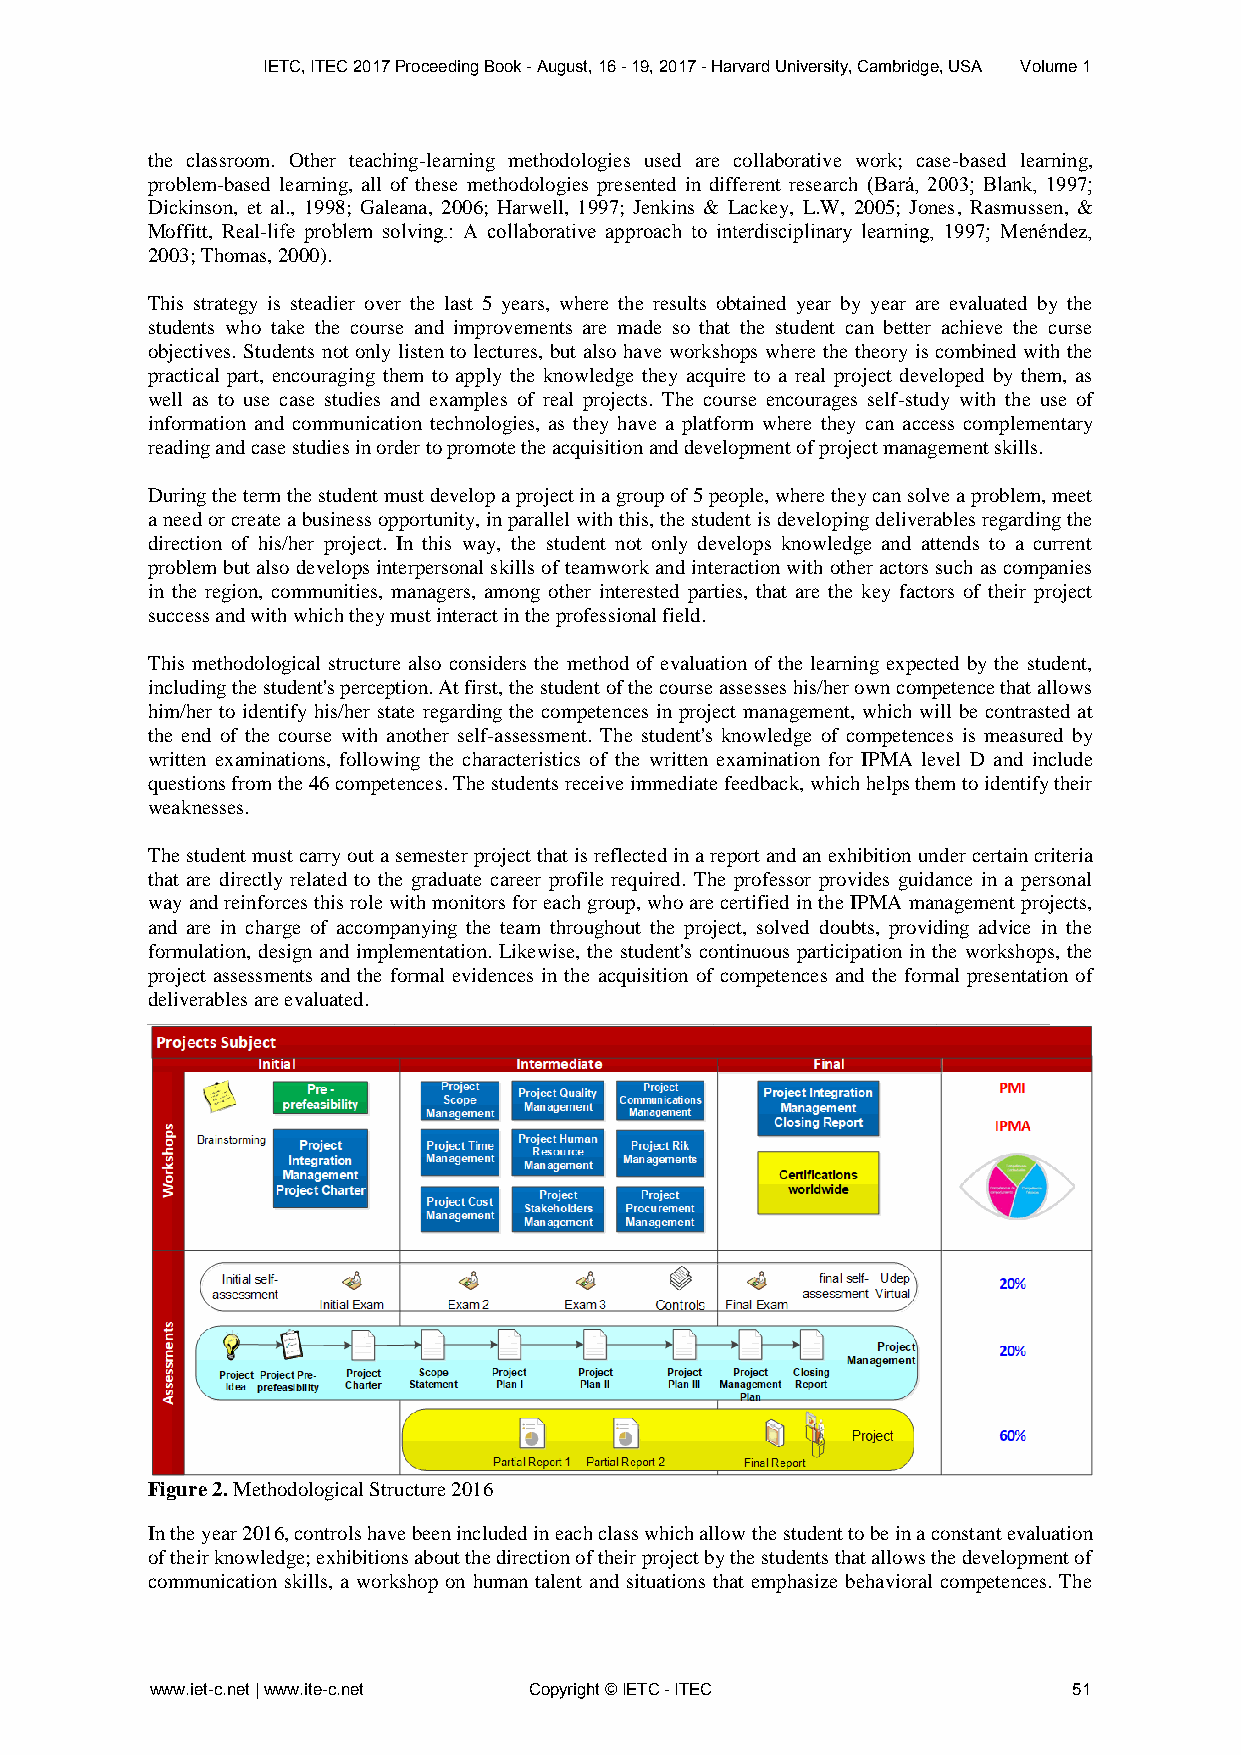
IETC, ITEC 2017 Proceeding Book - August, 16 - 19, 2017 - Harvard University, Cambridge, USA Volume 1
 the classroom. Other teaching-learning methodologies used are collaborative work; case-based learning,
 problem-based learning, all of these methodologies presented in different research (Bará, 2003; Blank, 1997;
 Dickinson, et al., 1998; Galeana, 2006; Harwell, 1997; Jenkins & Lackey, L.W, 2005; Jones, Rasmussen, &
 Moffitt, Real-life problem solving.: A collaborative approach to interdisciplinary learning, 1997; Menéndez,
 2003; Thomas, 2000).
 This strategy is steadier over the last 5 years, where the results obtained year by year are evaluated by the
 students who take the course and improvements are made so that the student can better achieve the curse
 objectives. Students not only listen to lectures, but also have workshops where the theory is combined with the
 practical part, encouraging them to apply the knowledge they acquire to a real project developed by them, as
 well as to use case studies and examples of real projects. The course encourages self-study with the use of
 information and communication technologies, as they have a platform where they can access complementary
 reading and case studies in order to promote the acquisition and development of project management skills.
 During the term the student must develop a project in a group of 5 people, where they can solve a problem, meet
 a need or create a business opportunity, in parallel with this, the student is developing deliverables regarding the
 direction of his/her project. In this way, the student not only develops knowledge and attends to a current
 problem but also develops interpersonal skills of teamwork and interaction with other actors such as companies
 in the region, communities, managers, among other interested parties, that are the key factors of their project
 success and with which they must interact in the professional field.
 This methodological structure also considers the method of evaluation of the learning expected by the student,
 including the student's perception. At first, the student of the course assesses his/her own competence that allows
 him/her to identify his/her state regarding the competences in project management, which will be contrasted at
 the end of the course with another self-assessment. The student's knowledge of competences is measured by
 written examinations, following the characteristics of the written examination for IPMA level D and include
 questions from the 46 competences. The students receive immediate feedback, which helps them to identify their
 weaknesses.
 The student must carry out a semester project that is reflected in a report and an exhibition under certain criteria
 that are directly related to the graduate career profile required. The professor provides guidance in a personal
 way and reinforces this role with monitors for each group, who are certified in the IPMA management projects,
 and are in charge of accompanying the team throughout the project, solved doubts, providing advice in the
 formulation, design and implementation. Likewise, the student's continuous participation in the workshops, the
 project assessments and the formal evidences in the acquisition of competences and the formal presentation of
 deliverables are evaluated.
 Figure 2. Methodological Structure 2016
 In the year 2016, controls have been included in each class which allow the student to be in a constant evaluation
 of their knowledge; exhibitions about the direction of their project by the students that allows the development of
 communication skills, a workshop on human talent and situations that emphasize behavioral competences. The
 www.iet-c.net | www.ite-c.net Copyright © IETC - ITEC        51